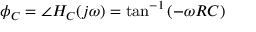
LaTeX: \phi _ { C } = \angle H _ { C } ( j \omega ) = \tan ^ { - 1 } \left( - \omega R C \right)